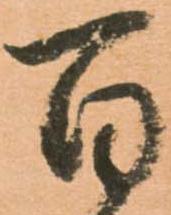
百